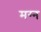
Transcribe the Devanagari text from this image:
मग्‍न